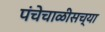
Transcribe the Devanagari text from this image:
पंचेचाळीसच्या